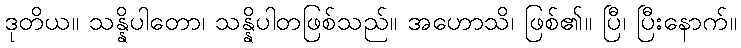
ဒုတိယ။ သန္နိပါတော၊ သန္နိပါတဖြစ်သည်။ အဟောသိ၊ ဖြစ်၏။ ပြီ၊ ပြီးနောက်။